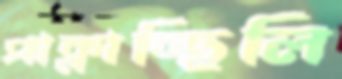
পাক্‌লাচ্ছিলি